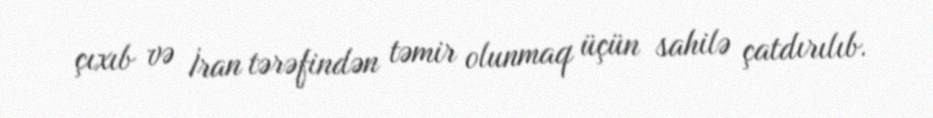
çıxıb və İran tərəfindən təmir olunmaq üçün sahilə çatdırılıb.